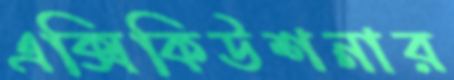
এক্সিকিউশনার